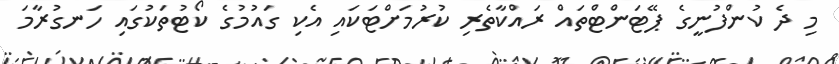
މި ދެ ކުންފުނީގެ ޕޭޓަންޓްތައް ރައްކާތެރި ކުރުމަށްޓަކައި އެކި ގައުމުގެ ކޯޓުތަކުގައި ހަނގުރާމަ